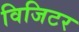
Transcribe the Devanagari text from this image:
विजिटर